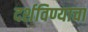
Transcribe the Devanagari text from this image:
दर्शविण्याचा